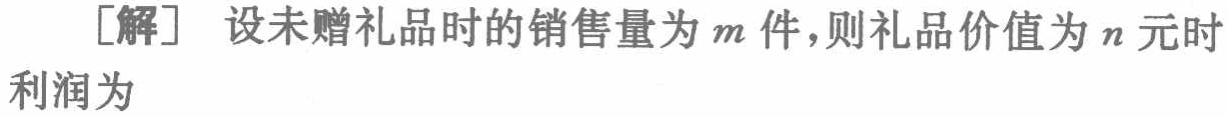
[解] 设未赠礼品时的销售量为\(m\)件，则礼品价值为\(n\)元时利润为